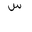
Letter: _sin